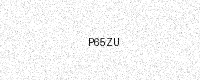
Text: P65ZU